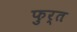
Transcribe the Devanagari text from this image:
फुर्त